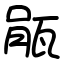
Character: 瓹